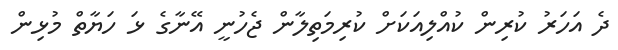
ދެ އަހަރު ކުރިން ކުއްލިއަކަށް ކުރިމަތިލާން ޖެހުނީ އޭނާގެ ޅަ ހަޔާތް މުޅިން